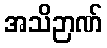
အသိဉာဏ်